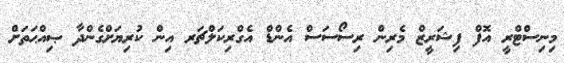
މިނިސްޓްރީ އޮފް ފިޝަރީޒް މެރިން ރިސޯސަސް އެންޑް އެގްރިކަލްޗަރ އިން ކުރިޔަށްގެންދާ ޞިއްޙަތަށް